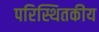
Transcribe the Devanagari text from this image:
परिस्थितकीय